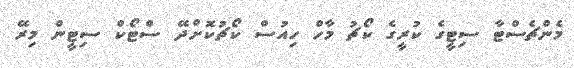
މެންޗެސްޓާ ސިޓީގެ ކުރީގެ ކޯޗު މާހް ހިއުސް ކޯޗުކޮށްދޭ ސްޓޯކް ސިޓީން މިރޭ